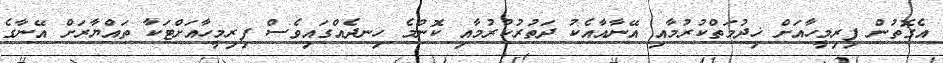
އެގޮތުން ފިރިމީހާއަށް ޚިދުމަތްކުރުމާއި އޭނާއާއެކު ދަތުރުކުރުމާއި ކޮންމެ ހިނދެއްގައިވެސް ފިރިމީހާއަށްޓަކާ ތައްޔާރަށް އޭނާގެ